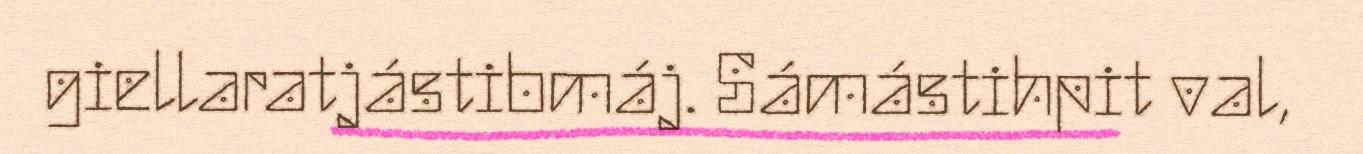
giellaratjástibmáj. Sámástihpit val,